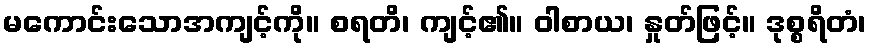
မကောင်းသောအကျင့်ကို။ စရတိ၊ ကျင့်၏။ ဝါစာယ၊ နှုတ်ဖြင့်။ ဒုစ္စရိတံ၊